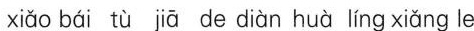
xiǎo bái tù jiā de diàn huà líng xiǎng le